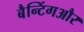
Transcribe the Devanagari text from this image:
बैन्टिंगऔर